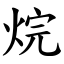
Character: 烷